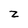
Character: z